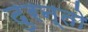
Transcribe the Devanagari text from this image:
दुरन्तो